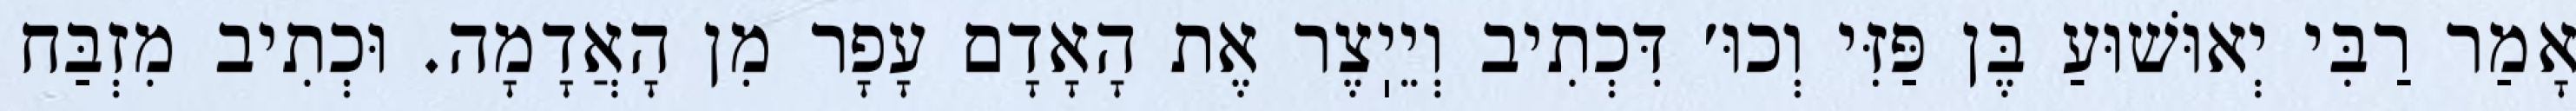
אָמַר רַבִּי יְאוּשׁוּעַ בֶּן פַּזִּי וְכוּ׳ דִּכְתִיב וְיֵיֽצֶר אֶת הָאָדָם עָפָר מִן הָאֲדָמָה. וּכְתִיב מִזְבַּח